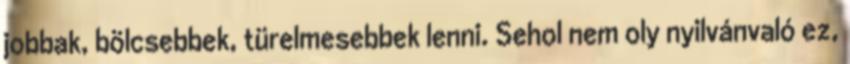
jobbak, bölcsebbek, türelmesebbek lenni. Sehol nem oly nyilvánvaló ez,